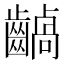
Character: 𪙚